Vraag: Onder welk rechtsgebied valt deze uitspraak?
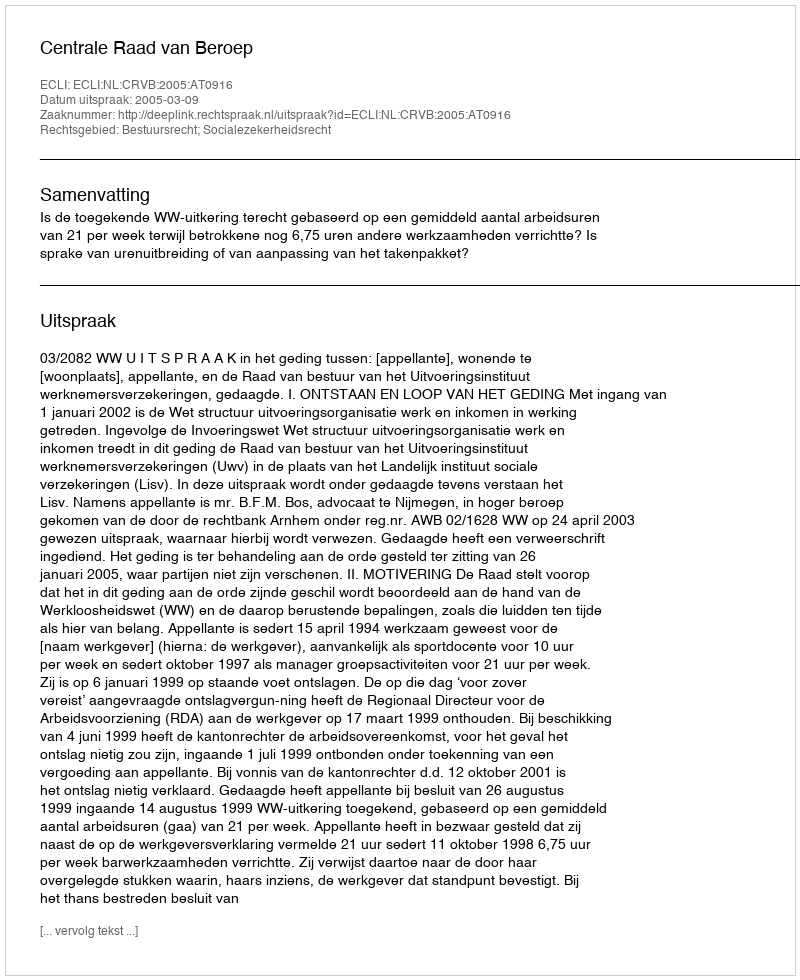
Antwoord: Bestuursrecht; Socialezekerheidsrecht